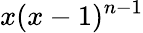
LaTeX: x(x-1)^{n-1}